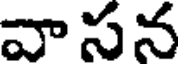
వా సన